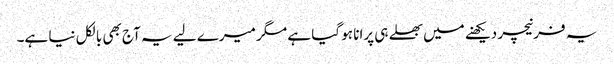
یہ فرنیچر دیکھنے میں بھلے ہی پرانا ہو گیا ہے مگر میرے لیے یہ آج بھی بالکل نیا ہے۔